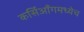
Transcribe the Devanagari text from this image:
कर्सिआँगमध्येच